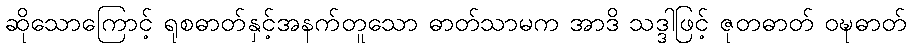
ဆိုသောကြောင့် ရုစဓာတ်နှင့်အနက်တူသော ဓာတ်သာမက အာဒိ သဒ္ဒါဖြင့် ဇုတဓာတ် ဝဍ္ဎဓာတ်